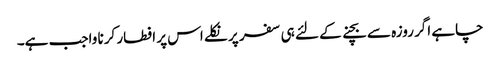
چاہے اگر روزہ سے بچنے کے لئے ہی سفر پر نکلے اس پر افطار کرنا واجب ہے۔